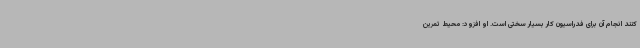
کنند انجام آن برای فدراسیون کار بسیار سختی است. او افزود: محیط تمرین